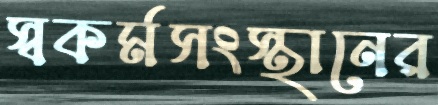
স্বকর্মসংস্থানের